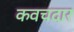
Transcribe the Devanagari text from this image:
कवचदार